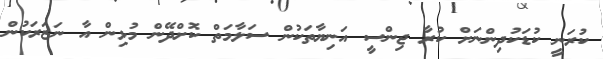
ކުރަނީ ކުޑަކުދިންނަށް ކުރާ ޖިންސީ އަނިޔާތަކުން ސަލާމަތް ކޮށްދޭން މުޅިން އާ ނަޒަރަކުން